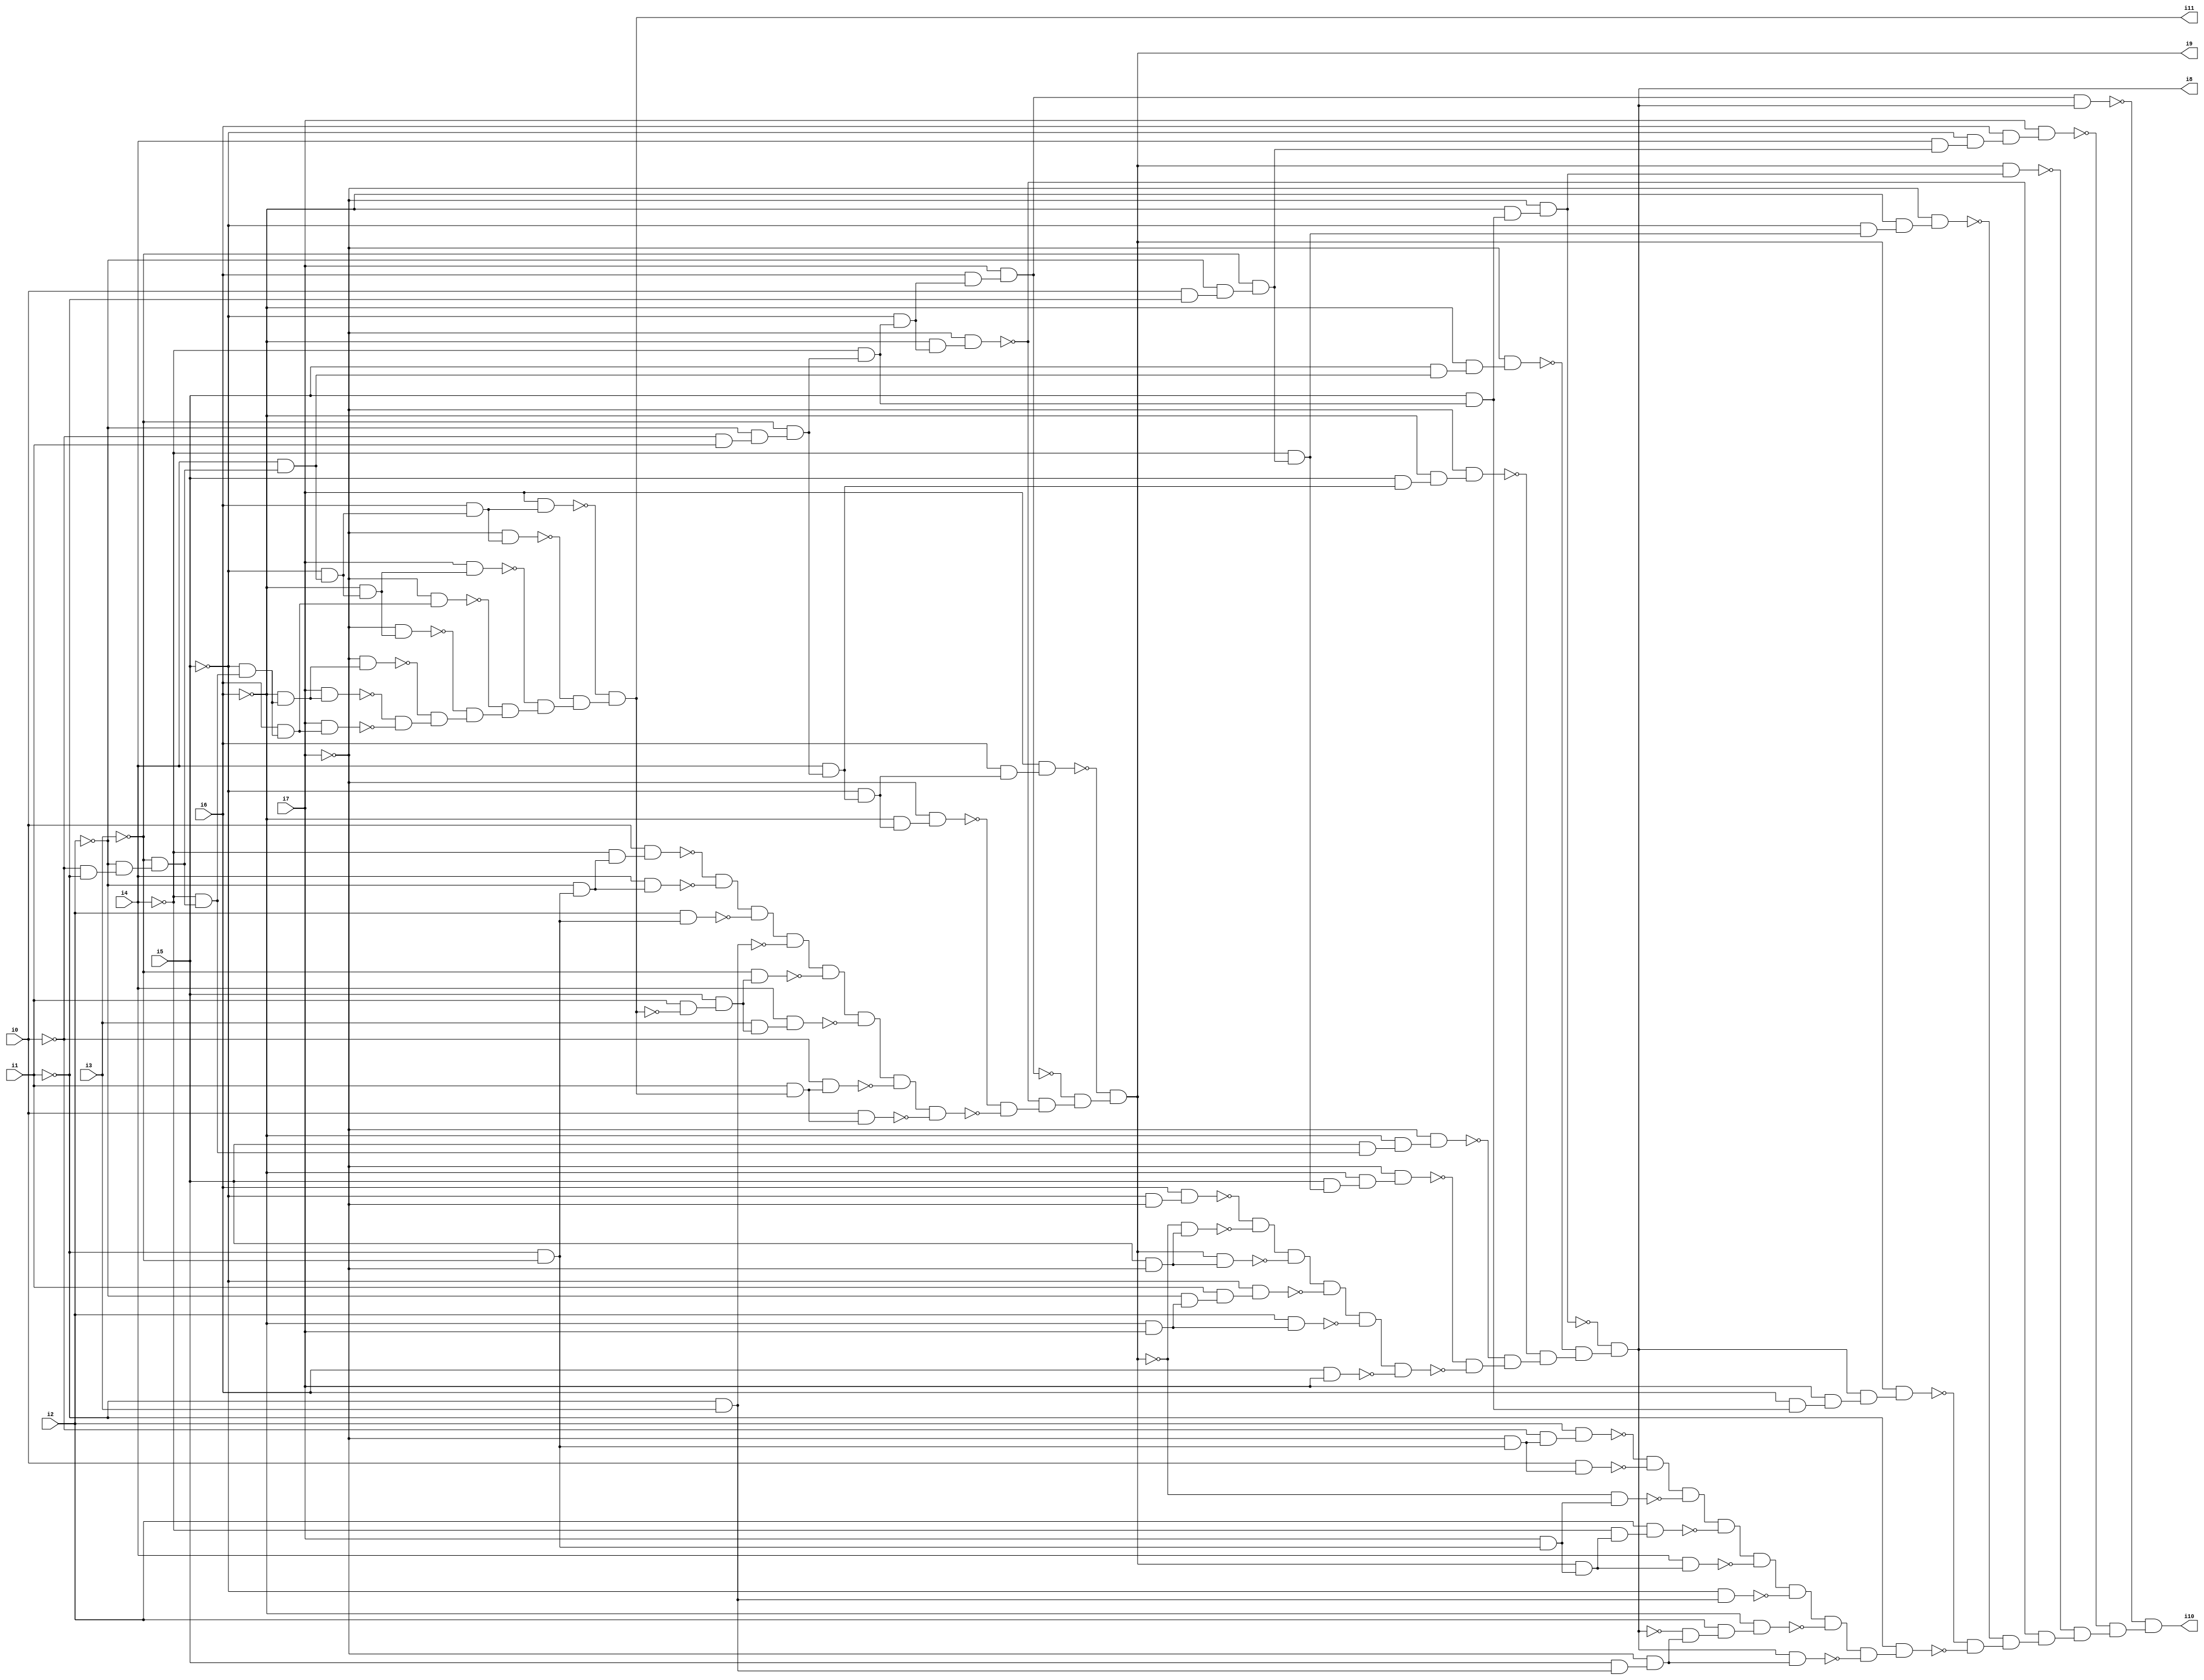
// Benchmark "SKOLEMFORMULA" written by ABC on Mon May  4 05:27:32 2020

module SKOLEMFORMULA ( 
    i0, i1, i2, i3, i4, i5, i6, i7,
    i8, i9, i10, i11  );
  input  i0, i1, i2, i3, i4, i5, i6, i7;
  output i8, i9, i10, i11;
  wire n13, n14, n15, n16, n17, n18, n19, n20, n21, n22, n23, n24, n25, n26,
    n27, n28, n29, n30, n31, n32, n33, n34, n35, n36, n37, n39, n40, n41,
    n42, n43, n44, n45, n46, n47, n48, n49, n50, n51, n52, n53, n54, n55,
    n56, n57, n58, n59, n60, n61, n62, n63, n64, n65, n66, n67, n68, n69,
    n70, n71, n72, n73, n74, n75, n76, n77, n78, n80, n81, n82, n83, n84,
    n85, n86, n87, n88, n89, n90, n91, n92, n93, n94, n95, n96, n97, n98,
    n99, n100, n101, n102, n103, n104, n105, n106, n107, n108, n109, n110,
    n111, n112, n113, n114, n115, n116, n117, n118, n120, n121, n122, n123,
    n124, n125, n126, n127, n128, n129, n130, n131, n132, n133, n134, n135,
    n136, n137, n138, n139, n140, n141, n142, n143, n144, n145, n146, n147,
    n148, n149, n150, n151, n152, n153, n154, n155, n156, n157, n158, n159,
    n160, n161, n162;
  assign n13 = ~i0 & ~i1;
  assign n14 = ~i2 & n13;
  assign n15 = ~i3 & n14;
  assign n16 = ~i4 & n15;
  assign n17 = ~i5 & n16;
  assign n18 = ~i6 & n17;
  assign n19 = i7 & n18;
  assign n20 = i6 & n17;
  assign n21 = i7 & n20;
  assign n22 = ~i7 & n18;
  assign n23 = i4 & n15;
  assign n24 = ~i5 & n23;
  assign n25 = ~i6 & n24;
  assign n26 = ~i7 & n25;
  assign n27 = ~i7 & n20;
  assign n28 = i7 & n25;
  assign n29 = i6 & n24;
  assign n30 = ~i7 & n29;
  assign n31 = i7 & n29;
  assign n32 = ~n19 & ~n21;
  assign n33 = ~n22 & n32;
  assign n34 = ~n26 & n33;
  assign n35 = ~n27 & n34;
  assign n36 = ~n28 & n35;
  assign n37 = ~n30 & n36;
  assign i11 = ~n31 & n37;
  assign n39 = ~i0 & i1;
  assign n40 = ~i2 & n39;
  assign n41 = ~i3 & n40;
  assign n42 = i4 & n41;
  assign n43 = ~i5 & n42;
  assign n44 = ~i6 & n43;
  assign n45 = ~i7 & n44;
  assign n46 = ~i4 & n41;
  assign n47 = ~i5 & n46;
  assign n48 = ~i6 & n47;
  assign n49 = ~i7 & n48;
  assign n50 = i6 & n47;
  assign n51 = i7 & n50;
  assign n52 = i6 & n43;
  assign n53 = i7 & n52;
  assign n54 = ~i1 & ~i3;
  assign n55 = ~i2 & n54;
  assign n56 = ~i4 & n55;
  assign n57 = i0 & n56;
  assign n58 = i4 & n55;
  assign n59 = ~n57 & ~n58;
  assign n60 = i2 & n54;
  assign n61 = n59 & ~n60;
  assign n62 = ~i1 & i3;
  assign n63 = n61 & ~n62;
  assign n64 = i1 & ~i11;
  assign n65 = i5 & n64;
  assign n66 = ~i3 & n65;
  assign n67 = n63 & ~n66;
  assign n68 = i3 & n65;
  assign n69 = i4 & n68;
  assign n70 = n67 & ~n69;
  assign n71 = i1 & i11;
  assign n72 = ~i0 & n71;
  assign n73 = n70 & ~n72;
  assign n74 = i0 & n71;
  assign n75 = n73 & ~n74;
  assign n76 = ~n45 & ~n75;
  assign n77 = ~n49 & n76;
  assign n78 = ~n51 & n77;
  assign i9 = ~n53 & n78;
  assign n80 = i0 & ~i1;
  assign n81 = ~i2 & n80;
  assign n82 = ~i3 & n81;
  assign n83 = ~i4 & n82;
  assign n84 = i5 & n83;
  assign n85 = ~i6 & n84;
  assign n86 = ~i7 & n85;
  assign n87 = i5 & n16;
  assign n88 = ~i6 & n87;
  assign n89 = ~i7 & n88;
  assign n90 = i5 & n42;
  assign n91 = ~i6 & n90;
  assign n92 = ~i7 & n91;
  assign n93 = i5 & n23;
  assign n94 = ~i6 & n93;
  assign n95 = ~i7 & n94;
  assign n96 = i5 & n46;
  assign n97 = ~i6 & n96;
  assign n98 = ~i7 & n97;
  assign n99 = ~i5 & ~i7;
  assign n100 = i6 & n99;
  assign n101 = i5 & ~i7;
  assign n102 = ~i9 & n101;
  assign n103 = ~n100 & ~n102;
  assign n104 = i9 & n101;
  assign n105 = n103 & ~n104;
  assign n106 = ~i6 & i7;
  assign n107 = ~i2 & n106;
  assign n108 = i1 & n107;
  assign n109 = ~i5 & n108;
  assign n110 = n105 & ~n109;
  assign n111 = i2 & n106;
  assign n112 = n110 & ~n111;
  assign n113 = i6 & i7;
  assign n114 = n112 & ~n113;
  assign n115 = ~n86 & ~n114;
  assign n116 = ~n89 & n115;
  assign n117 = ~n92 & n116;
  assign n118 = ~n95 & n117;
  assign i8 = ~n98 & n118;
  assign n120 = i6 & n96;
  assign n121 = i7 & n120;
  assign n122 = i8 & n121;
  assign n123 = i9 & n122;
  assign n124 = ~i5 & n83;
  assign n125 = ~i6 & n124;
  assign n126 = ~i7 & n125;
  assign n127 = i9 & n98;
  assign n128 = i4 & n82;
  assign n129 = ~i5 & n128;
  assign n130 = i6 & n129;
  assign n131 = i7 & n130;
  assign n132 = n51 & i8;
  assign n133 = ~i7 & n54;
  assign n134 = ~i0 & n133;
  assign n135 = i2 & n134;
  assign n136 = i0 & n133;
  assign n137 = ~n135 & ~n136;
  assign n138 = i7 & n54;
  assign n139 = ~i9 & n138;
  assign n140 = n137 & ~n139;
  assign n141 = i9 & n138;
  assign n142 = ~i4 & n141;
  assign n143 = i2 & n142;
  assign n144 = n140 & ~n143;
  assign n145 = i4 & n141;
  assign n146 = n144 & ~n145;
  assign n147 = ~i5 & n62;
  assign n148 = n146 & ~n147;
  assign n149 = i5 & n62;
  assign n150 = ~i7 & n149;
  assign n151 = ~i8 & n150;
  assign n152 = i2 & n151;
  assign n153 = ~i6 & n152;
  assign n154 = n148 & ~n153;
  assign n155 = i8 & n150;
  assign n156 = n154 & ~n155;
  assign n157 = ~i1 & n156;
  assign n158 = ~n123 & ~n157;
  assign n159 = ~n126 & n158;
  assign n160 = ~n49 & n159;
  assign n161 = ~n127 & n160;
  assign n162 = ~n131 & n161;
  assign i10 = ~n132 & n162;
endmodule